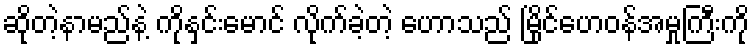
ဆိုတဲ့နာမည်နဲ့ ကိုနှင်းမောင် လိုက်ခဲ့တဲ့ ဟောသည် မြိုင်ဟေဝန်အမှုကြီးကို